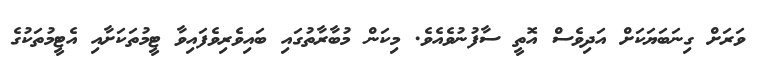
ވަރަށް ގިނަބަޔަކަށް އަދިވެސް އޮތީ ސާފުނުވެއެވެ. މިކަން މުބާރާތުގައި ބައިވެރިވެފައިވާ ޓީމުތަކަށާއި އެޓީމުތަކުގެ